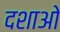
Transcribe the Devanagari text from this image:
दशाओ